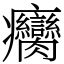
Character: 癵